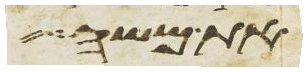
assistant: את משה